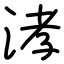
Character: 涍